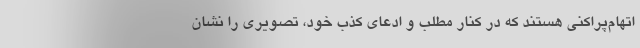
اتهام‌پراکنی هستند که در کنار مطلب و ادعای کذب خود، تصویری را نشان